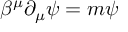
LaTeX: \beta ^ { \mu } \partial _ { \mu } \psi = m \psi